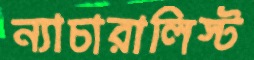
ন্যাচারালিস্ট